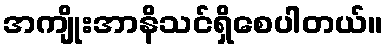
အကျိုးအာနိသင်ရှိစေပါတယ်။